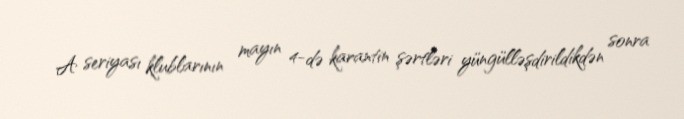
A seriyası klublarının mayın 4-də karantin şərtləri yüngülləşdirildikdən sonra